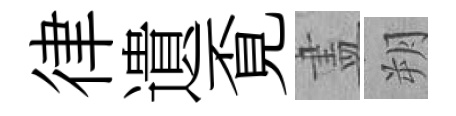
律遺覔𥁞朔